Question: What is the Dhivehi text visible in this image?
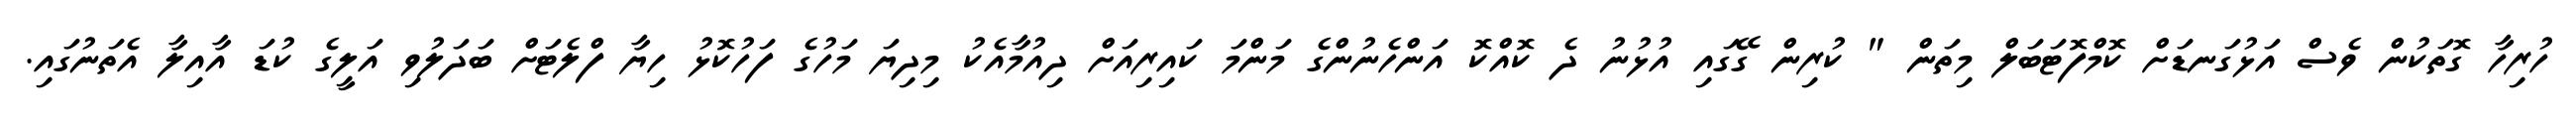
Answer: ހުރިހާ ގޮތަކުން ވެސް އަޅުގަނޑަށް ކޮމްފޮޓަބަލް މިތަން " ކުރިން ގޭގައި އުޅުނު ދެ ކޮއްކޮ އަންހެނުންގެ މަންމަ ކައިރިއަށް ދިއުމާއެކު މިދިޔަ މަހުގެ ފަހުކޮޅު ހިޔާ ފްލެޓަށް ބަދަލުވި އަލީގެ ކުޑަ އާއިލާ އެތަނުގައި.